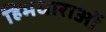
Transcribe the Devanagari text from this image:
हिमधाराओं